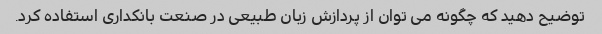
توضیح دهید که چگونه می توان از پردازش زبان طبیعی در صنعت بانکداری استفاده کرد.